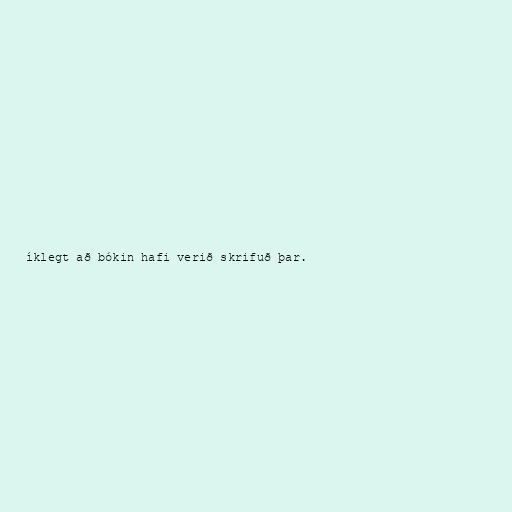
íklegt að bókin hafi verið skrifuð þar.